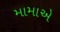
મામાએ